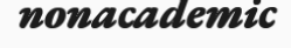
nonacademic